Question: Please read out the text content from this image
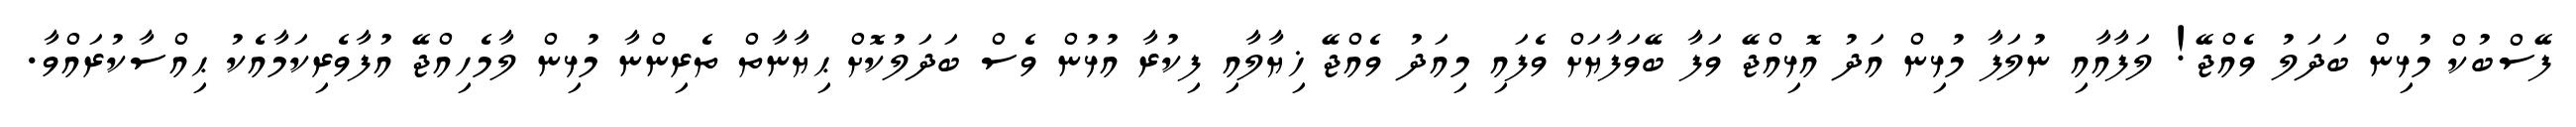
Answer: ފޭސްބުކް މުޅިން ބަދަލު ވެއްޖޭ! ލަފާއާއި ނުލަފާ މުޅިން އަދު އޮޅިއްޖޭ ވަފާ ބޭވަފާޔަށް ވެފައި މިއަދު ވެއްޖޭ ޚިޔާލާއި ފިކުރާ އުޅުން ވެސް ބަދަލުކޮށް ޙިޔާނާތް ތެރިންނާ މުޅިން ލާމެހިއްޖޭ އުފާވެރިކަމާއެކު ޙިއްސާކުރައްވާ.